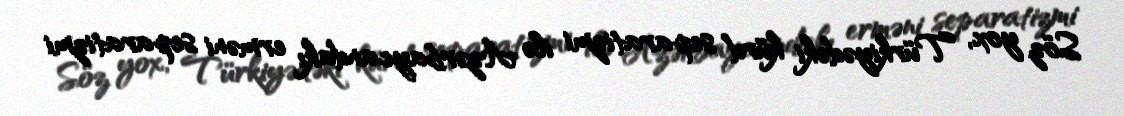
Söz yox, Türkiyədəki kürd separatizmi ilə Azərbaycandakı erməni separatizmi